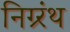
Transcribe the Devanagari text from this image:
निग्र्रंथ